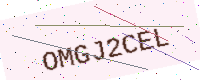
Text: OMGJ2CEL